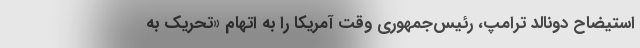
استیضاح دونالد ترامپ، رئيس‌جمهوری وقت آمریکا را به اتهام «تحریک به